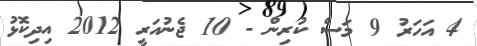
4 އަހަރު 9 މަސް ކުރިން - 10 ޖެނުއަރީ 2012 އިދިކޮޅު